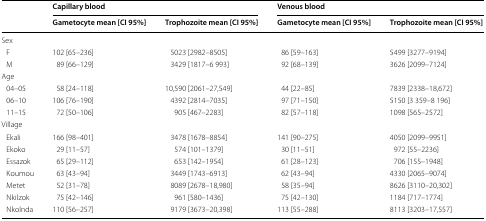
<table><thead><tr><td rowspan="2">[EMPTY_CELL]</td><td colspan="2"><b>Capillary blood</b></td><td colspan="2"><b>Venous blood</b></td></tr><tr><td><b>Gametocyte mean [CI 95%]</b></td><td><b>Trophozoite mean [CI 95%]</b></td><td><b>Gametocyte mean [CI 95%]</b></td><td><b>Trophozoite mean [CI 95%]</b></td></tr></thead><tbody><tr><td colspan="5">Sex</td></tr><tr><td> F</td><td>102 [65–236]</td><td>5023 [2982–8505]</td><td>86 [59–163]</td><td>5499 [3277–9194]</td></tr><tr><td> M</td><td>89 [66–129]</td><td>3429 [1817–6 993]</td><td>92 [68–139]</td><td>3626 [2099–7124]</td></tr><tr><td colspan="5">Age</td></tr><tr><td> 04–05</td><td>58 [24–118]</td><td>10,590 [2061–27,549]</td><td>44 [22–85]</td><td>7839 [2338–18,672]</td></tr><tr><td> 06–10</td><td>106 [76–190]</td><td>4392 [2814–7035]</td><td>97 [71–150]</td><td>5150 [3 359–8 196]</td></tr><tr><td> 11–15</td><td>72 [50–106]</td><td>905 [467–2283]</td><td>82 [57–118]</td><td>1098 [565–2572]</td></tr><tr><td colspan="5">Village</td></tr><tr><td> Ekali</td><td>166 [98–401]</td><td>3478 [1678–8854]</td><td>141 [90–275]</td><td>4050 [2099–9951]</td></tr><tr><td> Ekoko</td><td>29 [11–57]</td><td>574 [101–1379]</td><td>30 [11–51]</td><td>972 [55–2236]</td></tr><tr><td> Essazok</td><td>65 [29–112]</td><td>653 [142–1954]</td><td>61 [28–123]</td><td>706 [155–1948]</td></tr><tr><td> Koumou</td><td>63 [43–94]</td><td>3449 [1743–6913]</td><td>62 [43–94]</td><td>4330 [2065–9074]</td></tr><tr><td> Metet</td><td>52 [31–78]</td><td>8089 [2678–18,980]</td><td>58 [35–94]</td><td>8626 [3110–20,302]</td></tr><tr><td> Nkilzok</td><td>75 [42–146]</td><td>961 [580–1436]</td><td>75 [42–130]</td><td>1184 [717–1774]</td></tr><tr><td> Nkolnda</td><td>110 [56–257]</td><td>9179 [3673–20,398]</td><td>113 [55–288]</td><td>8113 [3203–17,557]</td></tr></tbody></table>